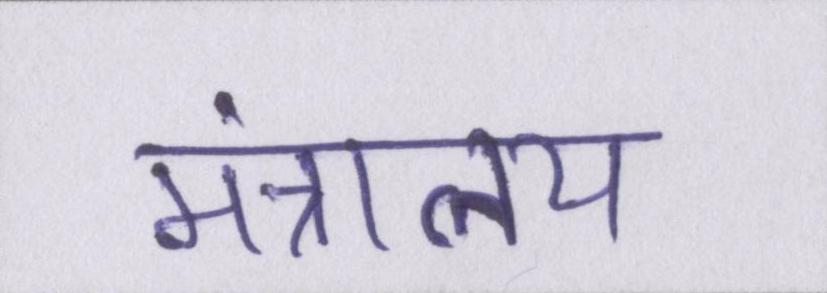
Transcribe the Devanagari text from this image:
मंत्रालय